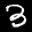
Label: 3